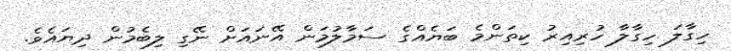
ހިގާލަ ހިގާލާ ހުރިއިރު ކިތަންމެ ބަޔެއްގެ ސަމާލުމަން އޭނައަށް ނޭގި ލިބެމުން ދިޔައެވެ.